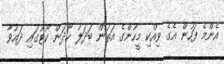
އެންމެ ފަހުން އެގެ ވިއްކި މީހުންގެ އަތުން ބަދަލު ހޯދަން ކޯޓުގައި ދައުވާ